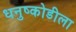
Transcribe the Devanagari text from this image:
धनुष्कोडीला